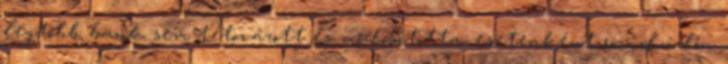
legtöbb bank sem tétovázott és módosította, esetenként rövid időn